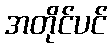
အတိုင်ပင်